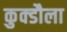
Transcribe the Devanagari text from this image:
कुक्डौला